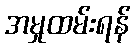
အမှုထမ်းရန်